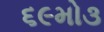
૬૯મો૩